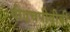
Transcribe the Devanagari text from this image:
पीएचपीबीबी